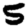
Digit: 5